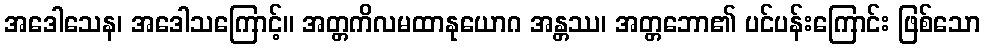
အဒေါသေန၊ အဒေါသကြောင့်။ အတ္တကိလမထာနုယောဂ အန္တဿ၊ အတ္တဘော၏ ပင်ပန်းကြောင်း ဖြစ်သော